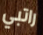
راتبي